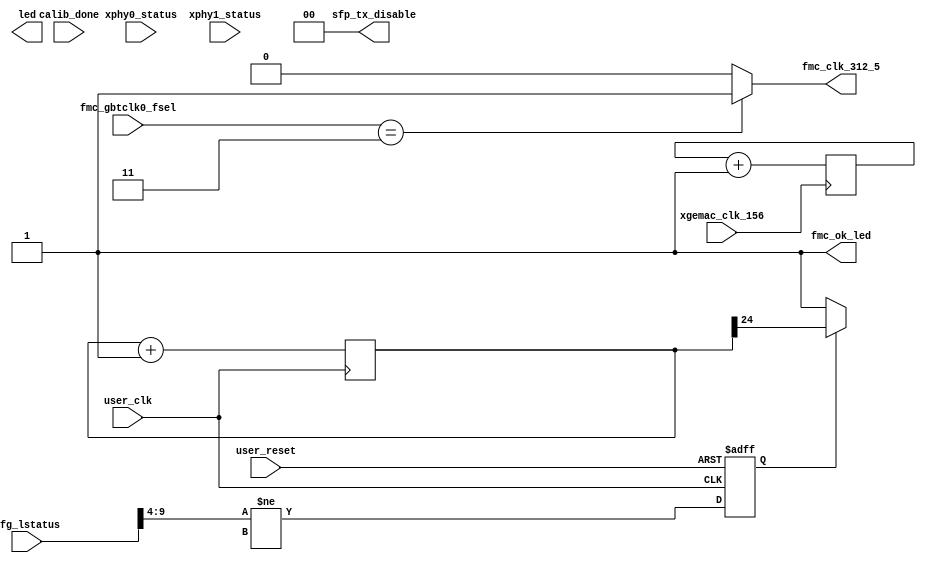
module user_led 
(
input user_clk,
input xgemac_clk_156,
input user_reset,
input [15:0] cfg_lstatus,
input [1:0] fmc_gbtclk0_fsel,
input calib_done,
input [7:0] xphy0_status,
input [7:0] xphy1_status,
output [7:1] led,
output [1:0] sfp_tx_disable,
output fmc_ok_led,
output fmc_clk_312_5

);

localparam  LED_CTR_WIDTH           = 26;   // Sets period of LED flashing

reg     [LED_CTR_WIDTH-1:0]           led_ctr;
reg                                   lane_width_error;
reg     [LED_CTR_WIDTH-1:0]           led156_ctr;

// LEDs - Status
// ---------------
// Heart beat LED; flashes when primary PCIe core clock is present
always @(posedge user_clk)
begin
    led_ctr <= led_ctr + {{(LED_CTR_WIDTH-1){1'b0}}, 1'b1};
end
always @(posedge xgemac_clk_156)
begin
    led156_ctr <= led156_ctr + {{(LED_CTR_WIDTH-1){1'b0}}, 1'b1};
end
`ifdef SIMULATION
// Initialize for simulation
initial
begin
    led_ctr = {LED_CTR_WIDTH{1'b0}};
    led156_ctr = {LED_CTR_WIDTH{1'b0}};
end
`endif

always @(posedge user_clk or posedge user_reset)
begin
    if (user_reset == 1'b1)
        lane_width_error <= 1'b0;
    else
        lane_width_error <= (cfg_lstatus[9:4] != NUM_LANES); // Negotiated Link Width
end

// led[1] lights up when PCIe core has trained
assign led[1] = user_lnk_up; 

// led[2] flashes to indicate PCIe clock is running
assign led[2] = led_ctr[LED_CTR_WIDTH-1];            // Flashes when core_clk_i_div2 is present

// led[3] lights up when the correct lane width is acheived
// If the link is not operating at full width, it flashes at twice the speed of the heartbeat on led[1]
assign led[3] = lane_width_error ? led_ctr[LED_CTR_WIDTH-2] : 1'b1;

// Flashing indicates 156.25 MHz clock is alive
assign led[4] = led156_ctr[LED_CTR_WIDTH-1];

assign led[5] = xphy0_status[0]; 

assign led[6] = xphy1_status[0]; 

`ifdef USE_DDR3_FIFO
// When glowing, the DDR3 initialization has completed
assign led[7] = calib_done;
`else
assign led[7] = 1'b0;
`endif

  //- Tie off related to SFP+
  assign sfp_tx_disable = 2'b00;

  //- This LED indicates FMC connected OK
  assign fmc_ok_led = 1'b1;
    //- This LED indicates FMC GBTCLK0 programmed OK
  assign fmc_clk_312_5 = (fmc_gbtclk0_fsel == 2'b11) ? 1'b1 : 1'b0;

endmodule